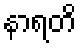
နာရတိ